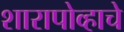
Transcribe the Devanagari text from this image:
शारापोव्हाचे